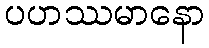
ပဟဿမာနော